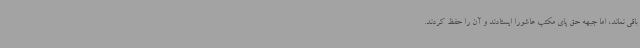
باقی نماند، اما جبهه حق پای مکتب عاشورا ایستادند و آن را حفظ کردند.